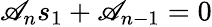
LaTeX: \mathscr{A}_{n}s_{1}+\mathscr{A}_{n-1}=0